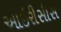
આઇરીસીસ